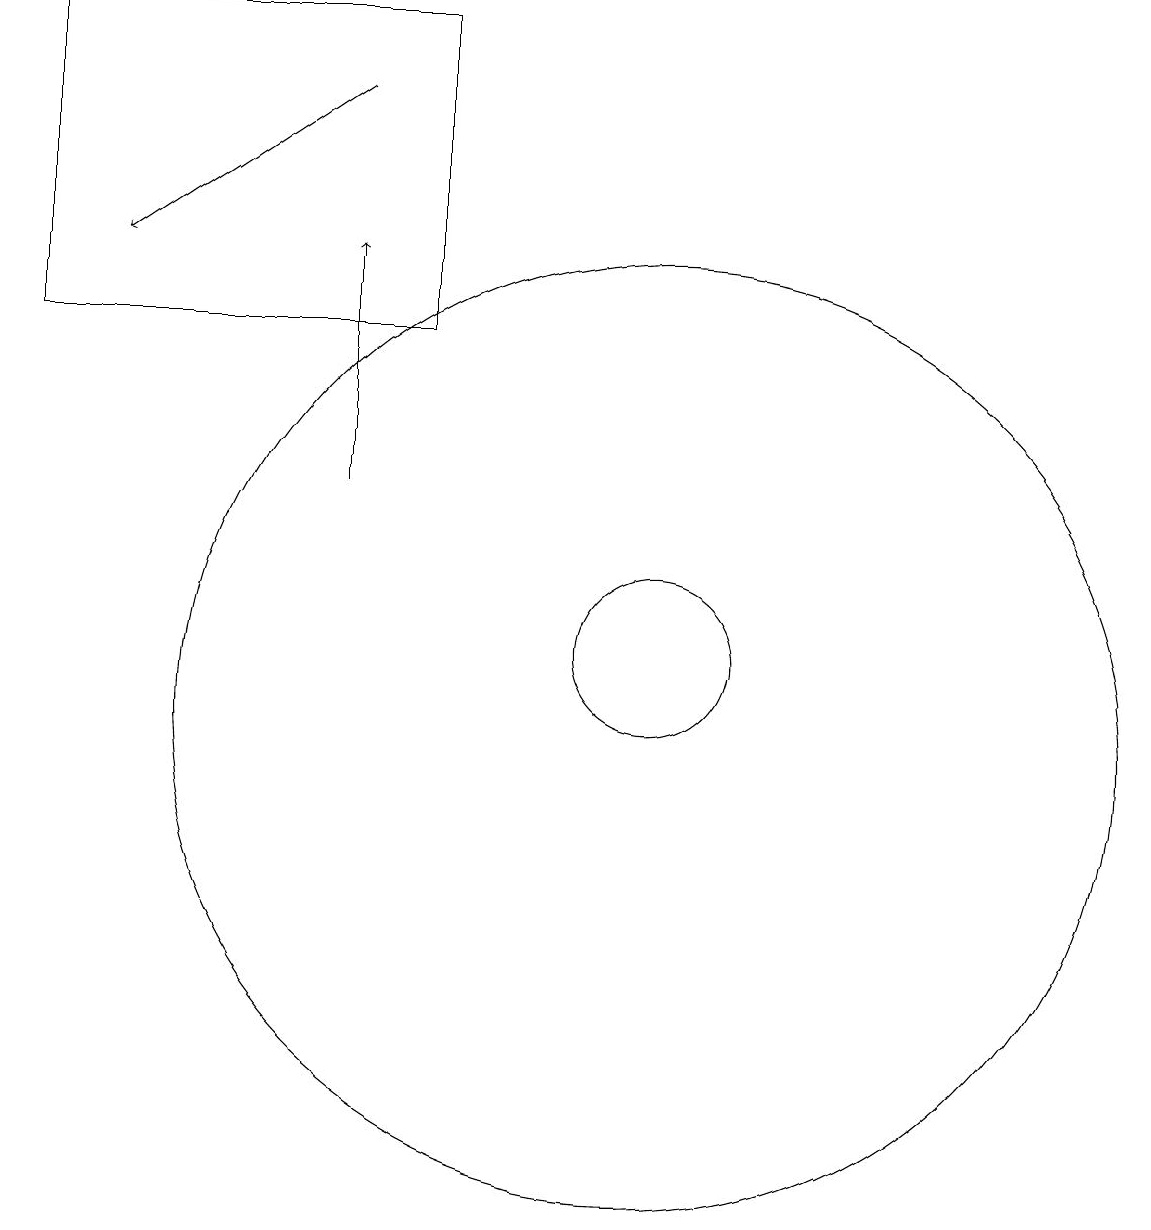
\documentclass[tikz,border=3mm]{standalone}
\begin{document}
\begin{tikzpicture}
\draw[->] (6,18) -- (3,16);
\draw (10,11) circle (1);
\draw (10,10) circle (6);
\draw (7,15) rectangle (2,19);
\draw[->] (6,13) -- (6,16);
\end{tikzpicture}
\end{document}